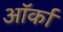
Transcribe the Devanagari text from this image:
ऑर्का